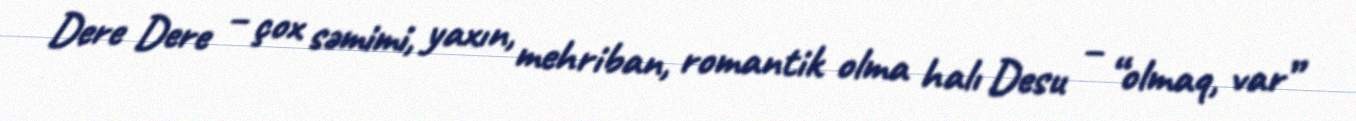
Dere Dere – çox səmimi, yaxın, mehriban, romantik olma halı Desu – “olmaq, var”